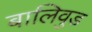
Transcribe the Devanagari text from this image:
बालिवुड